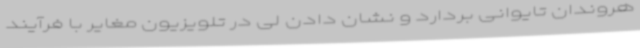
هروندان تایوانی بردارد و نشان دادن لی در تلویزیون مغایر با فرآیند